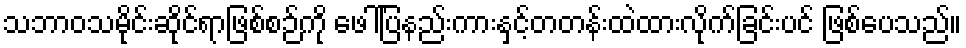
သဘာဝသမိုင်းဆိုင်ရာဖြစ်စဉ်ကို ဖေါ်ပြနည်းကားနှင့်တတန်းထဲထားလိုက်ခြင်းပင် ဖြစ်ပေသည်။